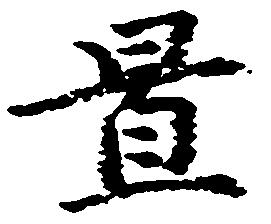
置